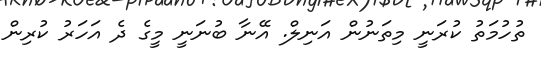
ތުހުމަތު ކުރަނީ މިތަނުން އަނިލް. އޭނާ ބުނަނީ މީގެ ދެ އަހަރު ކުރިން